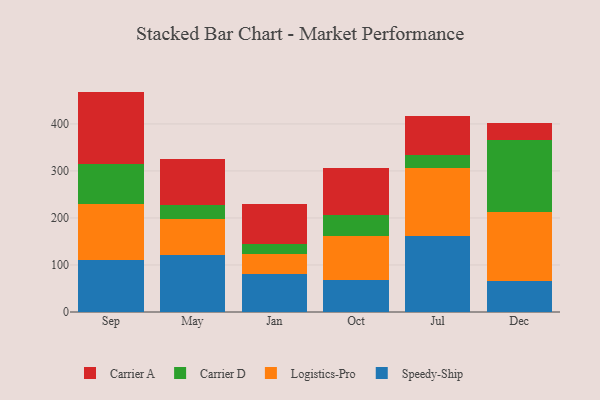
{"axis": {"x": "Month", "y": "Energy Usage (MWh)"}, "legend": ["Carrier A", "Carrier D", "Logistics-Pro", "Speedy-Ship"], "data": [{"x": "Sep", "y": 111.0, "type": "Speedy-Ship"}, {"x": "Sep", "y": 118.0, "type": "Logistics-Pro"}, {"x": "Sep", "y": 86.2, "type": "Carrier D"}, {"x": "Sep", "y": 153.5, "type": "Carrier A"}, {"x": "May", "y": 120.8, "type": "Speedy-Ship"}, {"x": "May", "y": 77.1, "type": "Logistics-Pro"}, {"x": "May", "y": 29.7, "type": "Carrier D"}, {"x": "May", "y": 98.8, "type": "Carrier A"}, {"x": "Jan", "y": 80.1, "type": "Speedy-Ship"}, {"x": "Jan", "y": 44.1, "type": "Logistics-Pro"}, {"x": "Jan", "y": 21.3, "type": "Carrier D"}, {"x": "Jan", "y": 85.2, "type": "Carrier A"}, {"x": "Oct", "y": 67.3, "type": "Speedy-Ship"}, {"x": "Oct", "y": 93.6, "type": "Logistics-Pro"}, {"x": "Oct", "y": 44.8, "type": "Carrier D"}, {"x": "Oct", "y": 100.0, "type": "Carrier A"}, {"x": "Jul", "y": 161.4, "type": "Speedy-Ship"}, {"x": "Jul", "y": 145.4, "type": "Logistics-Pro"}, {"x": "Jul", "y": 27.7, "type": "Carrier D"}, {"x": "Jul", "y": 83.0, "type": "Carrier A"}, {"x": "Dec", "y": 66.8, "type": "Speedy-Ship"}, {"x": "Dec", "y": 146.6, "type": "Logistics-Pro"}, {"x": "Dec", "y": 151.6, "type": "Carrier D"}, {"x": "Dec", "y": 37.5, "type": "Carrier A"}]}